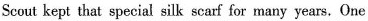
Scout kept that special silk scarf for many years.One